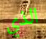
الذي